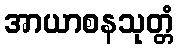
အာယာစနသုတ္တံ